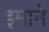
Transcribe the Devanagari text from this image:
इमाने